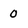
Character: 0